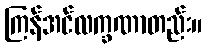
ကြန်အင်လက္ခဏာတည်း။